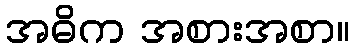
အဓိက အစားအစာ။